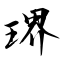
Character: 琾